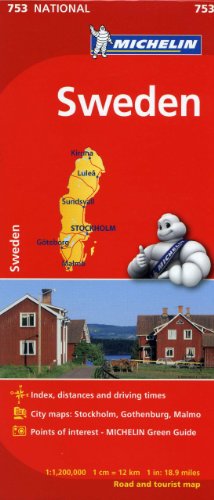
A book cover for Michelin Sweden Map 753 (Maps/Country (Michelin)); Michelin Travel & Lifestyle; Travel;